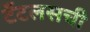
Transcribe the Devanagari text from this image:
टँटलसची